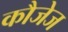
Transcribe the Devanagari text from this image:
कौजेज